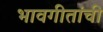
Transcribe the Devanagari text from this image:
भावगीतांची